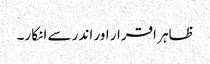
ظاہر اقرار اور اندر سے انکا ر۔